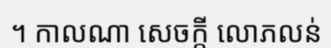
។ កាលណា សេចក្តី លោភលន់